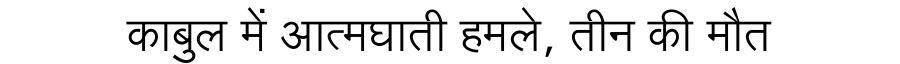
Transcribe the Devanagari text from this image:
काबुल में आत्मघाती हमले, तीन की मौत